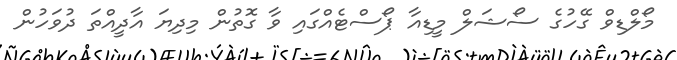
މޯލްޑިވް ގޭހުގެ ސޯޝަލް މީޑިއާ ޕޯސްޓެއްގައި ވާ ގޮތުން މިދިޔަ އާދީއްތަ ދުވަހުން